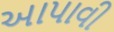
આપાવી